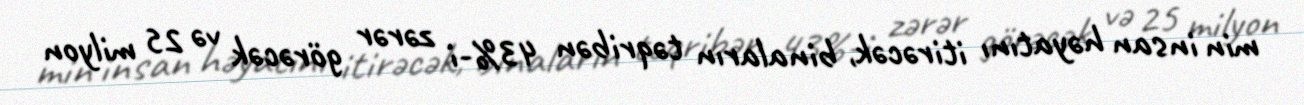
min insan həyatını itirəcək, binaların təqribən 43%-i zərər görəcək və 25 milyon